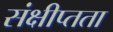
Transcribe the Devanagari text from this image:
संक्षीप्तता